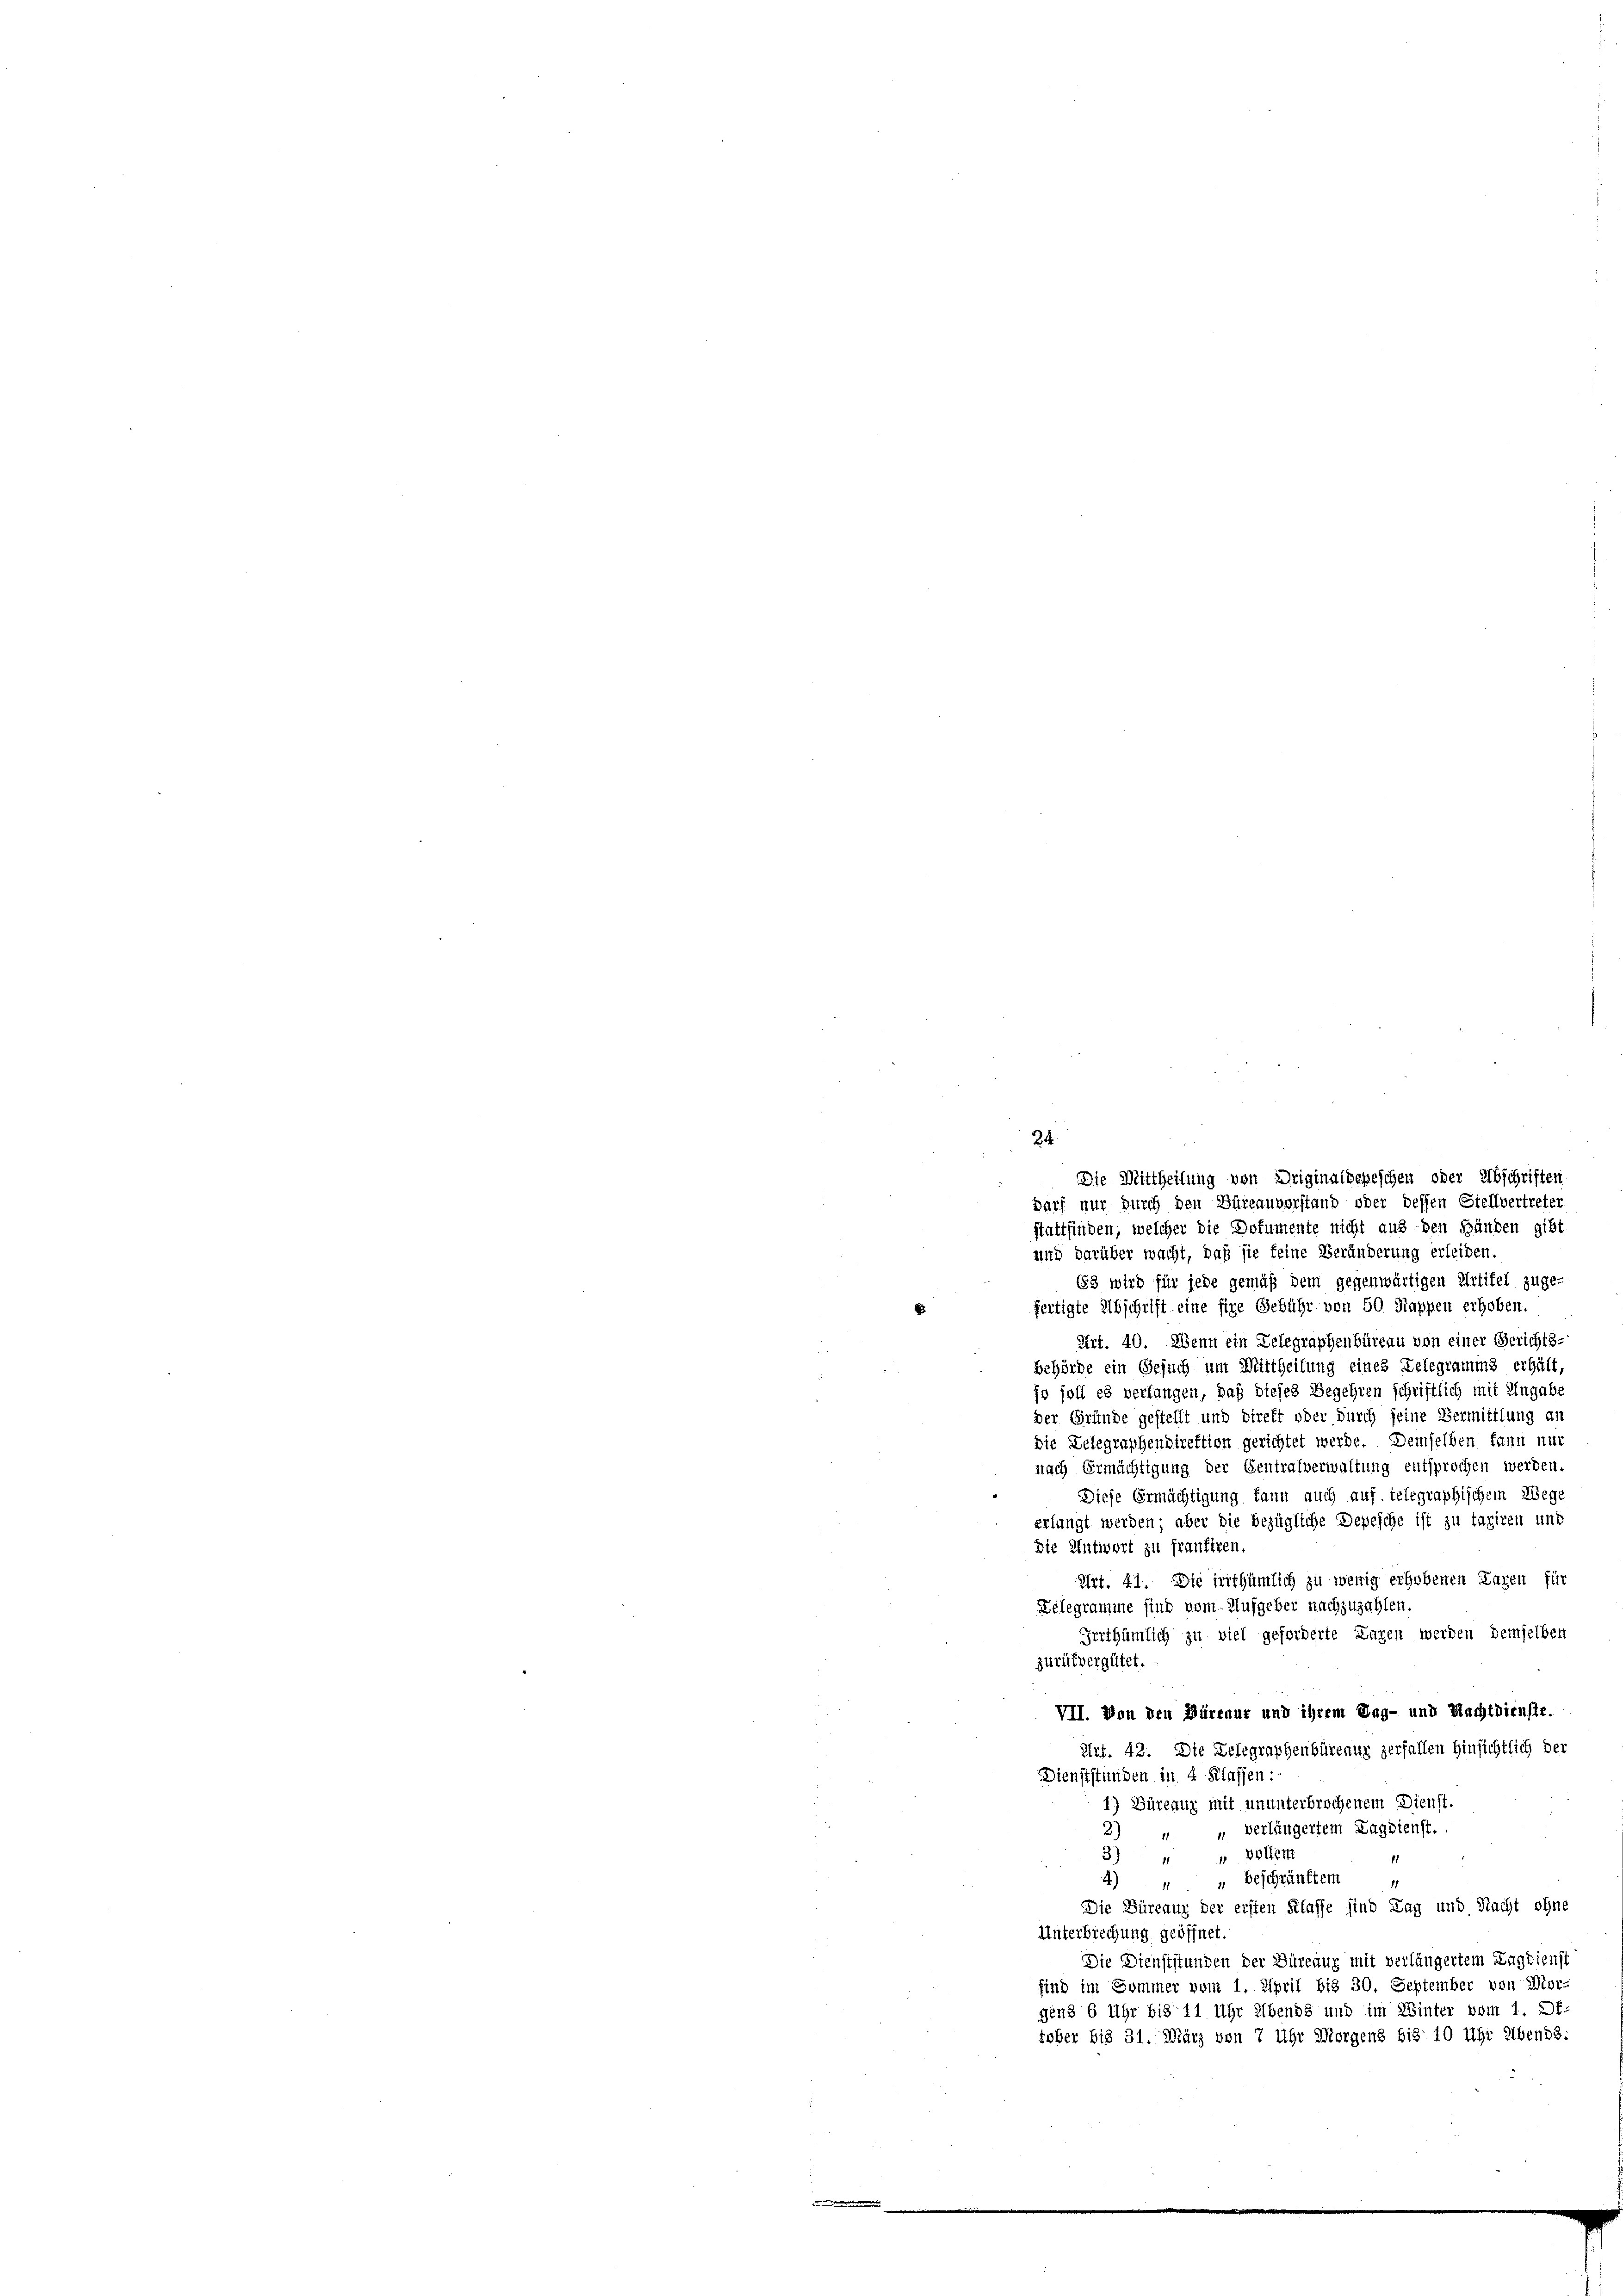
24.

und darüber wacht, daß sie feine Veränderung erleiden.
63 wird für jede gemäß dem gegenwärtigen Artikel zuge-
fertigte Abschrift eine fire Gebühr von 50 Rappen erhoben.
Art. 40. Wenn ein Lelegraphenbüreau von einer Gerichts-
Behörde ein Gesuch um Mittheilung eines Delegramms erhält,
ja soll es verlangen, daß dieses Begehren schriftlich mit Angabe
der Gründe gestellt und direkt oder durch seine Vermittlung an
die Delegraphendirektion gerichtet werde. Demselben kann nur
nach Ermächtigung der Gentralverwaltung entsprochen werden.
Diese Ermächtigung kann auch auf telegraphischem Wege
erlangt werden; aber die bezügliche Depesche ist zu tagiren und
die Antwort zu frantiren.
Art. 41. Die irrthümlich zu wenig erhobenen Lagen für
Zelegramme sind vom Aufgeber nachzuzahlen.
Irrthümlich zu viel geforderte Lagen werden demselben
zurükvergütet.
VII. Von den Büreaur und ihrem Tag- und Nachtdienste.
Art. 42. Die Delegraphenbüreaur zerfallen Hinsichtlich der
DDienststünden in 4 Klassen:
1) Büreauz mit ununterbrochenem Dienst.
2) " " verlängertem Lagdienst.
3)
 Sollem
11
1
n
4) " " Beschrünftem
11
Die Büreaus der ersten Klasse sind Tag und Nacht ohne
Unterbrechung geöffnet.
Die Dienststunden der Büreaux mit verlängertem Lagbienst
sind im Sommer vom 1. April bis 30. September von Wor-
gens 6 Uhr bis 11 Uhr Abends und im Winter vom 1. 27.
tüber bis 31. März von 7 Uhr Morgens bis 10 Uhr eben 3:

Die Mittheilung von Driginalbepeschen oder Abschriften
darf nur durch den Büreauverstand oder dessen Stellvertreter
stattfinden, welcher die Dokumente nicht aus den Händen gibt